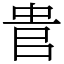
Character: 𠳋